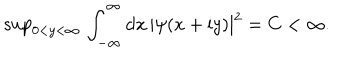
LaTeX: \mathrm { s u p } _ { 0 < y < \infty } \, \int _ { - \infty } ^ { \infty } \mathrm { d } x \, | \psi ( x + \mathrm { i } y ) | ^ { 2 } = C < \infty .